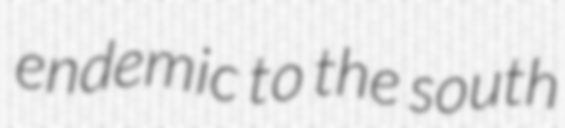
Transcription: endemic to the south